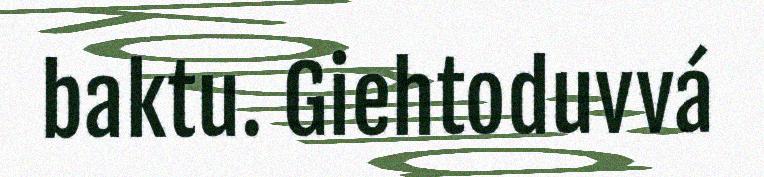
baktu. Giehtoduvvá